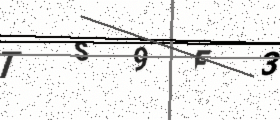
Text: TS9F3